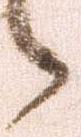
候